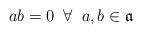
LaTeX: \begin{align*}ab=0\;\;\forall\;\;a,b\in\mathfrak{a}\end{align*}